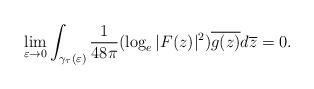
LaTeX: \begin{align*}\lim_{\varepsilon \rightarrow 0} \int_{\gamma_{\tau}(\varepsilon)} \frac{1}{48 \pi} (\log_{e}|F(z)|^2) \overline{g(z)}d\overline{z} =0.\end{align*}